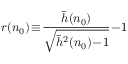
r ( n _ { 0 } ) \! \equiv \! \frac { \bar { h } ( n _ { 0 } ) } { \sqrt { \bar { h } ^ { 2 } ( n _ { 0 } ) \! - \! 1 } } \! - \! 1